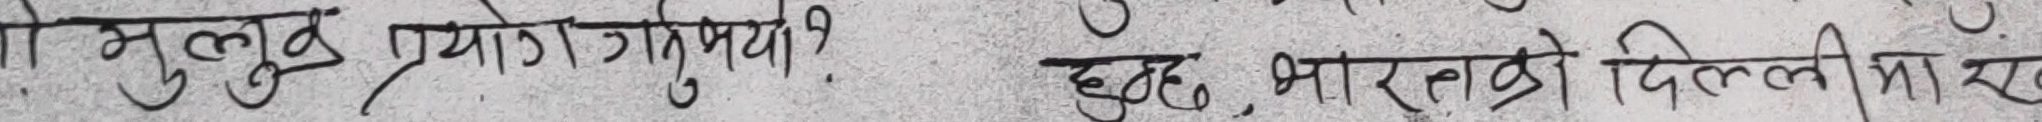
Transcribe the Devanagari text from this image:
यो मुलुक प्रयोग गर्यो ?  हुदै, भारतको दिल्लीमा राख्ने